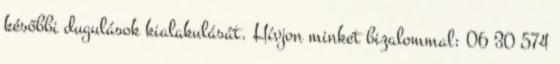
későbbi dugulások kialakulását. Hívjon minket bizalommal: 06 30 574